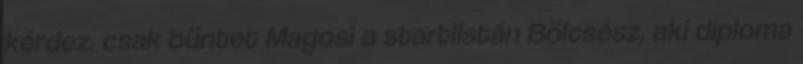
kérdez, csak büntet Magosi a startlistán Bölcsész, aki diploma